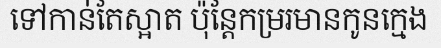
ទៅកាន់តែស្អាត ប៉ុន្តែកម្ររមានកូនក្មេង